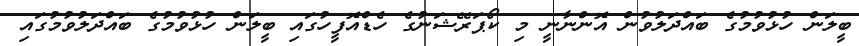
ބީލަން ހުޅުވުމުގެ ބައްދަލުވުން އޮންނާނީ މި ކޯޕަރޭޝަނުގެ ހެޑްއޮފީހުގައި ބީލަން ހުޅުވުމުގެ ބައްދަލުވުމުގައި